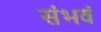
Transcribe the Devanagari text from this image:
संभवं